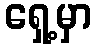
ရှေ့မှာ